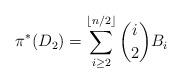
LaTeX: \begin{align*}\pi^{*}(D_{2}) = \sum_{i \ge 2}^{\lfloor n/2 \rfloor}{i \choose 2}B_{i}\end{align*}